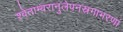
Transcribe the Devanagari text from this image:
श्वेताम्बरानुलेपनस्रगाभरणां